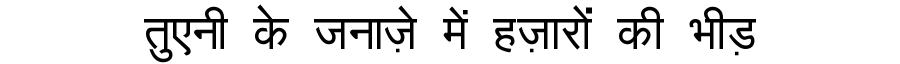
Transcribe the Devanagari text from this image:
तुएनी के जनाज़े में हज़ारों की भीड़